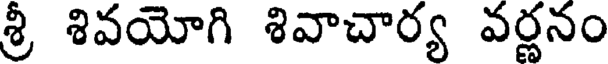
శ్రీ శివయోగి శివాచార్య వర్ణనం